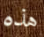
هذه